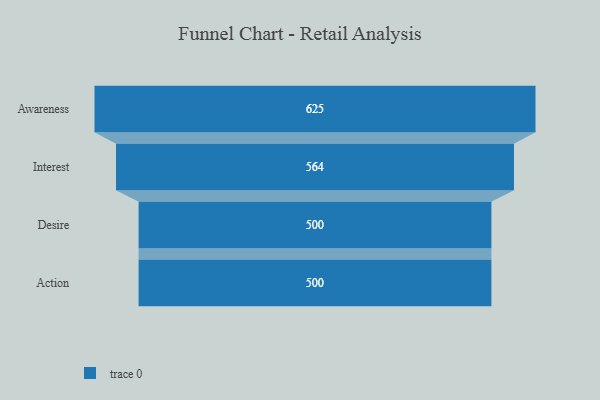
{"axis": {"x": "Stage", "y": "Value"}, "legend": [""], "data": [{"x": "Awareness", "y": 625.0, "type": ""}, {"x": "Interest", "y": 564.0, "type": ""}, {"x": "Desire", "y": 500, "type": ""}, {"x": "Action", "y": 500, "type": ""}]}